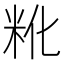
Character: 𬖒